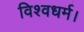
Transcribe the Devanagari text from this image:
विश्वधर्म।